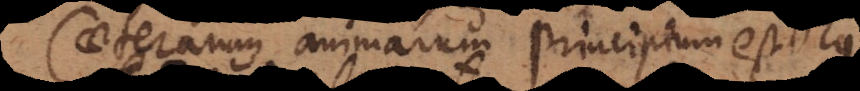
Caeterarum animarum princeps non est: